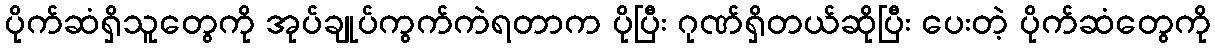
ပိုက်ဆံရှိသူတွေကို အုပ်ချုပ်ကွက်ကဲရတာက ပိုပြီး ဂုဏ်ရှိတယ်ဆိုပြီး ပေးတဲ့ ပိုက်ဆံတွေကို